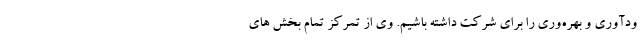
ودآوری و بهره‌وری را برای شرکت داشته باشیم. وی از تمرکز تمام بخش های